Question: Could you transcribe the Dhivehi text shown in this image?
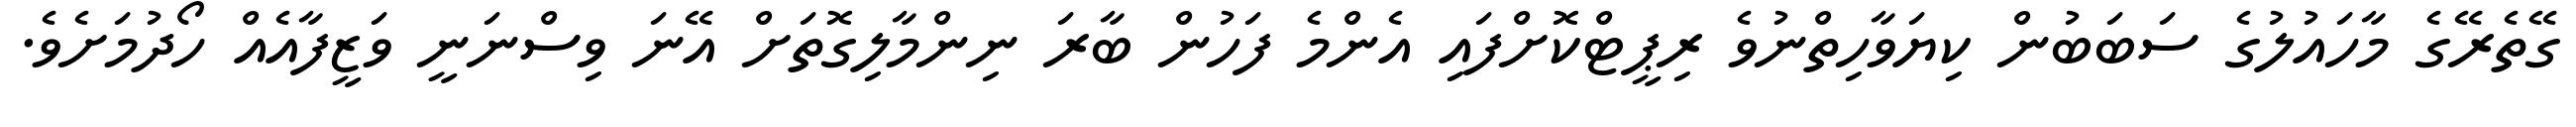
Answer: ގޭތެރޭގެ މާހައުލުގެ ސަބަބުން ކިޔަވާހިތްނުވެ ރިޕީޓްކޮށްފައި އެންމެ ފަހުން ބާރަ ނިންމާލިގޮތަށް އޭނަ ވިސްނަނީ ވަޒީފާއެއް ހޯދުމަށެވެ.